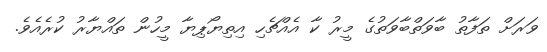
ވަރަށް ތަފާތު ބާވަތްބާވަތުގެ މީރު ކާ އެއްޗެހި އިތިޔޯޕިޔާ މީހުން ތައްޔާރު ކުރެއެވެ.